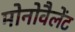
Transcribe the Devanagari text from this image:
मोनोवैलेंट